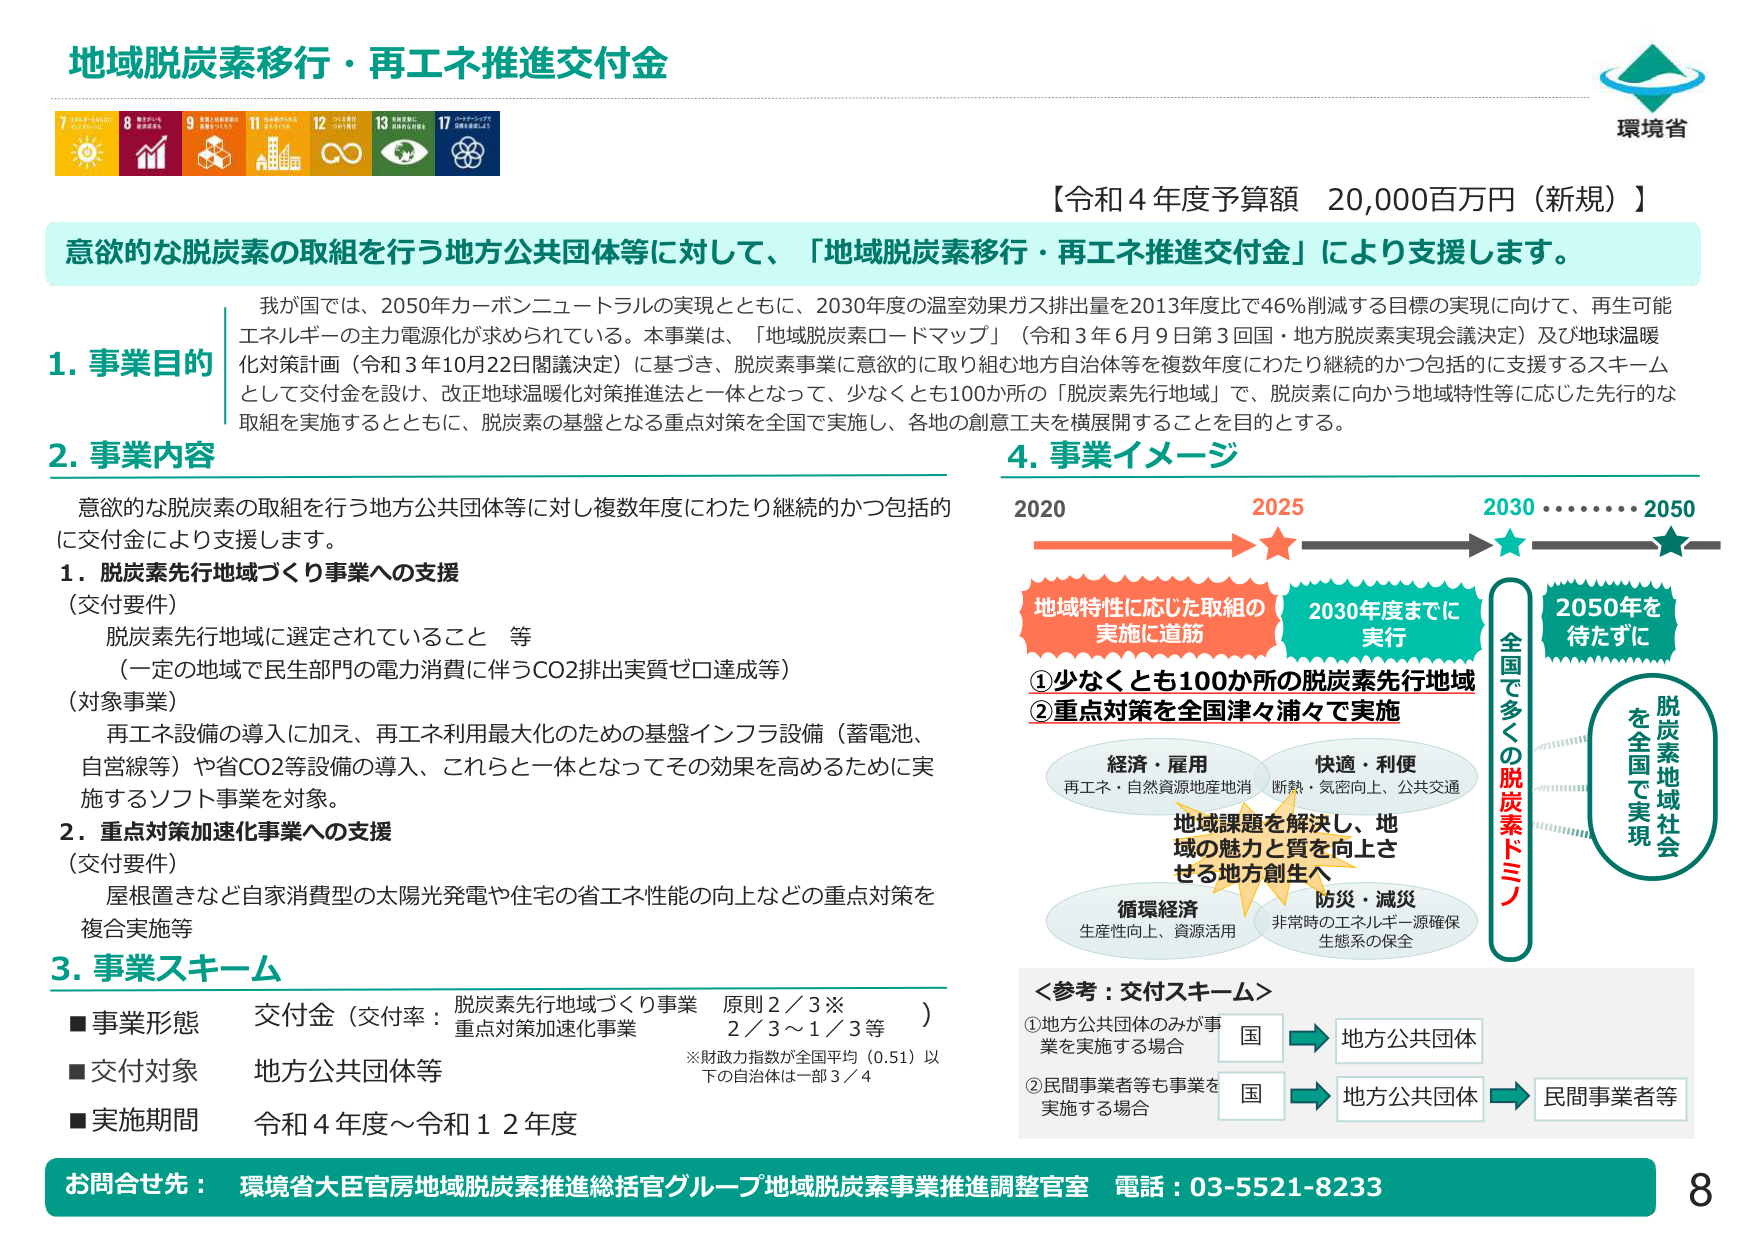
地域脱炭素移行・再エネ推進交付金

【令和４年度予算額　20,000百万円（新規）】

意欲的な脱炭素の取組を行う地方公共団体等に対して、「地域脱炭素移行・再エネ推進交付金」により支援します。

我が国では、2050年カーボンニュートラルの実現とともに、2030年度の温室効果ガス排出量を2013年度比で46％削減する目標の実現に向けて、再生可能エネルギーの主力電源化が求められている。本事業は、「地域脱炭素ロードマップ」（令和３年６月９日第３回国・地方脱炭素実現会議決定）及び地球温暖化対策計画（令和３年10月22日閣議決定）に基づき、脱炭素事業に意欲的に取り組む地方自治体等を複数年度にわたり継続的かつ包括的に支援するスキームとして交付金を設け、改正地球温暖化対策推進法と一体となって、少なくとも100か所の「脱炭素先行地域」で、脱炭素に向かう地域特性等に応じた先行的な取組を実施するとともに、脱炭素の基盤となる重点対策を全国で実施し、各地の創意工夫を横展開することを目的とする。

1. 事業目的

2. 事業内容

意欲的な脱炭素の取組を行う地方公共団体等に対し複数年度にわたり継続的かつ包括的に交付金により支援します。

1. 脱炭素先行地域づくり事業への支援
（交付要件）
　脱炭素先行地域に選定されていること　等
　（一定の地域で民生部門の電力消費に伴うCO2排出実質ゼロ達成等）
（対象事業）
　再エネ設備の導入に加え、再エネ利用最大化のための基盤インフラ設備（蓄電池、自営線等）や省CO2等設備の導入、これらと一体となってその効果を高めるために実施するソフト事業を対象。

2. 重点対策加速化事業への支援
（交付要件）
　屋根置きなど自家消費型の太陽光発電や住宅の省エネ性能の向上などの重点対策を複合実施等

3. 事業スキーム
■事業形態　交付金（交付率：脱炭素先行地域づくり事業　原則2／3※　重点対策加速化事業　2／3～1／3等）
■交付対象　地方公共団体等
■実施期間　令和４年度～令和12年度
※財政力指数が全国平均（0.51）以下の自治体は一部3／4

4. 事業イメージ

2020　　　　　　2025　　　　　　2030　　　　　　2050
　　　　　　　　　　　　　　　　　　　　　　　　　　★
　　　　　　　　　　　　　　　　　　　　　　　　　　★
　　　　　　　　　　　　　　　　　　　　　　　　　　★

地域特性に応じた取組の
実施に道筋

2030年度までに
実行

①少なくとも100か所の脱炭素先行地域
②重点対策を全国津々浦々で実施

経済・雇用
再エネ・自然資源地産地消

快適・利便
断熱・気密向上、公共交通

地域課題を解決し、地域の魅力と質を向上させる地方創生へ

循環経済
生産性向上、資源活用

防災・減災
非常時のエネルギー源確保
生態系の保全

全国で多くの脱炭素ドミノ

2050年を
待たずに

脱炭素地域社会
を全国で実現

＜参考：交付スキーム＞
①地方公共団体のみが事業を実施する場合
国 → 地方公共団体
②民間事業者等も事業を実施する場合
国 → 地方公共団体 → 民間事業者等

お問合せ先：環境省大臣官房地域脱炭素推進総括官グループ地域脱炭素事業推進調整官室　電話：03-5521-8233

8

環境省

7　エネルギーをみんなのものに
8　働きがいも経済成長も
9　産業と技術革新を促進する
11　住み続けられるまちづくりを
12　つくる責任つかう責任
13　気候変動に具体的な対策を
17　パートナーシップで目標を達成しよう